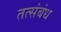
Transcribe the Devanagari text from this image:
तत्संबंध